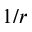
1 / r